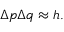
\Delta p \Delta q \approx h .